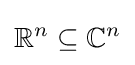
\mathbb {R} ^{n}\subseteq \mathbb {C} ^{n}